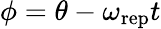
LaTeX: \phi=\theta-\omega_{\mathrm{rep}}t